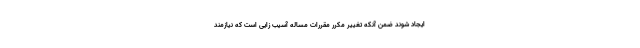
ایجاد شوند ضمن آنکه تغییر مکرر مقررات مساله آسیب زایی است که نیازمند